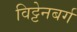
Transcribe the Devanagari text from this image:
विट्टेनबर्ग